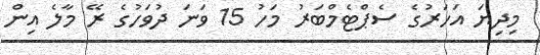
މިދިޔަ އަހަރުގެ ސެޕްޓެމްބަރު މަހު 15 ވަނަ ދުވަހުގެ ރޭ މާލެ އިން